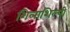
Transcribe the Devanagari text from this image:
शिलाशिल्पी